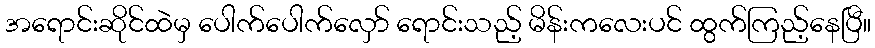
အရောင်းဆိုင်ထဲမှ ပေါက်ပေါက်လှော် ရောင်းသည့် မိန်းကလေးပင် ထွက်ကြည့်နေပြီ။